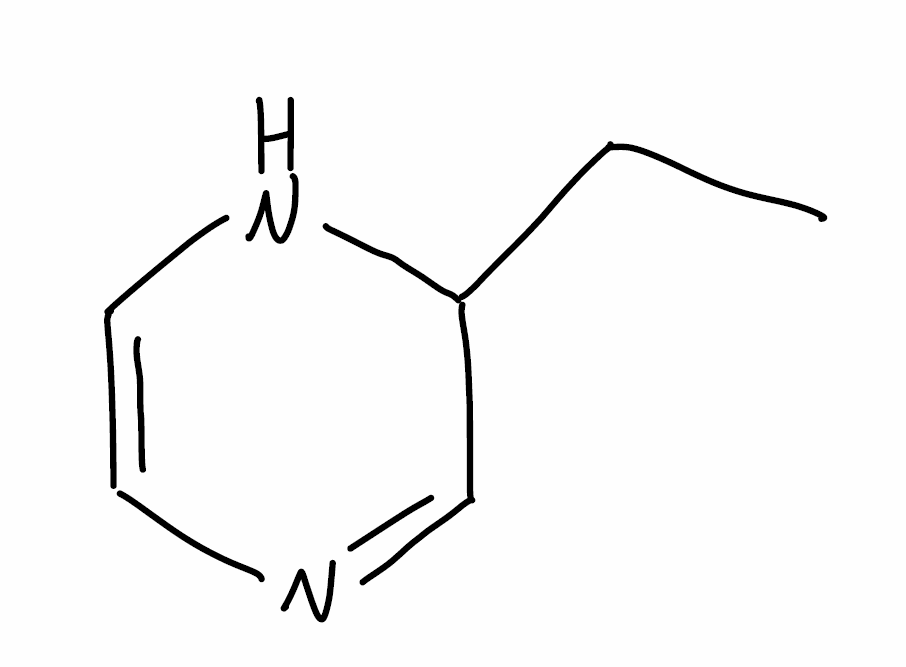
Simplified molecular-input line-entry system (SMILES) notation of the given molecule:
CCC1C=NC=CN1